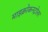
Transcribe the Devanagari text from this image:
माइक्रोकनट्रोलर